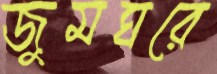
জুমঘরে